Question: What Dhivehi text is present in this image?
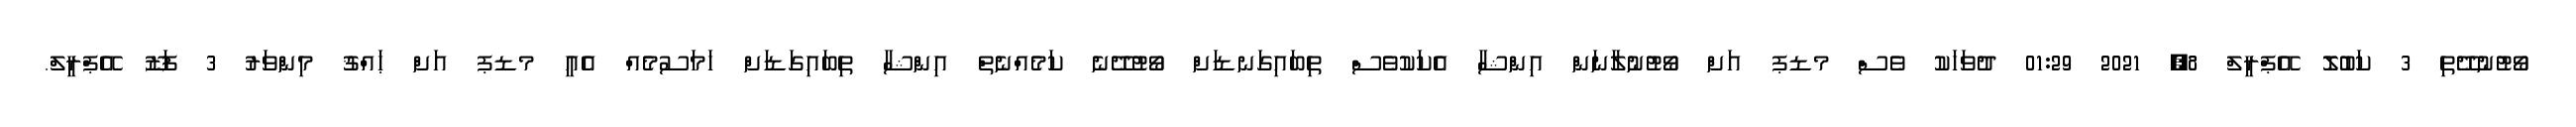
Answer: ވޯޓުނުދޭތި 3 ކަބުލޮ އޭޕްރީލް 8, 2021 01:29 ދުވަހަކު ވެސް މޑޕ އަށް ވޯޓުނުލާނަން އިންޝާ އެކަކުވެސް ތިބައިގަނޑަށް ވޯޓުދޭނެ ކަމެއްނެތް އިންޝާ ތިބައިގަޑަށް ހަމަސުމެއް އެއީ މޑޕ އަށް ޙައްޤު މިންވަރު 3 ފަޒޫ އޭޕްރީލް.